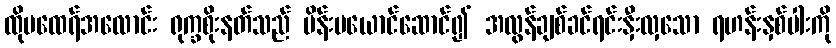
ထိုမထေရ်အလောင်း ရုက္ခစိုးနတ်သည် မိန်းမယောင်ဆောင်၍ အလွန်ချစ်ခင်ရင်းနှီးလှသော ရဟန်းနှစ်ပါးကို